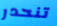
تنحدر